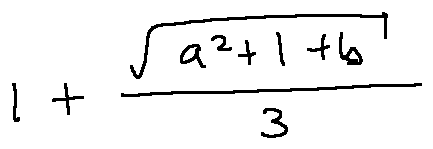
1 + \frac { \sqrt { a ^ { 2 } + 1 + b } } { 3 }